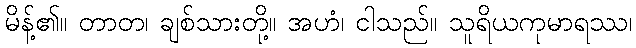
မိန့်၏။ တာတ၊ ချစ်သားတို့။ အဟံ၊ ငါသည်။ သူရိယကုမာရဿ၊